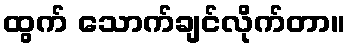
ထွက် သောက်ချင်လိုက်တာ။